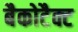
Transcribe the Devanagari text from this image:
बैकोटैक्ट